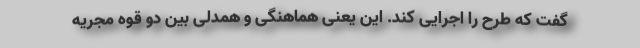
گفت که طرح را اجرایی کند. این یعنی هماهنگی و همدلی بین دو قوه مجریه